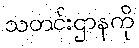
သတင်းဌာနကို